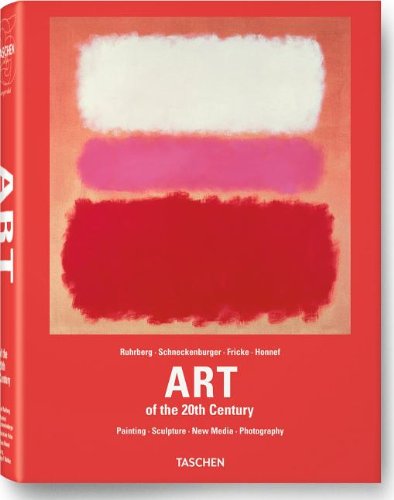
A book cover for Art of the 20th Century; Humor & Entertainment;